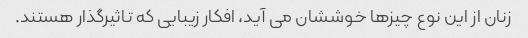
زنان از این نوع چیزها خوششان می آید، افکار زیبایی که تاثیرگذار هستند.